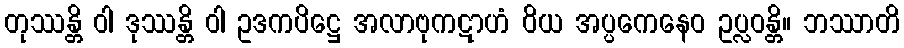
တုဿန္တိ ဝါ ဒုဿန္တိ ဝါ ဥဒကပိဋ္ဌေ အလာဗုကဋာဟံ ဝိယ အပ္ပကေနေဝ ဥပ္လဝန္တိ။ ဘဿာတိ